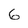
Character: 6